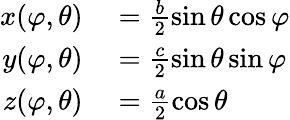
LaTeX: \begin{array}{rl}{x(\varphi,\theta)}&{{}=\frac{b}{2}\sin\theta\cos\varphi}\\ {y(\varphi,\theta)}&{{}=\frac{c}{2}\sin\theta\sin\varphi}\\ {z(\varphi,\theta)}&{{}=\frac{a}{2}\cos\theta}\end{array}